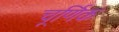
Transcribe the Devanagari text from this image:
चूर्णिक